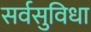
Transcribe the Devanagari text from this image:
सर्वसुविधा